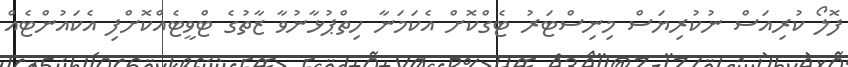
ފޮލޯ ކުރިއަސް ނުކުރިޔަސް މިނިސްޓަރު ޓެގްކޮށް އެކަމަނާ ހިތްޕުޅާނުވާ ޒާތުގެ ޓްވީޓެއްކޮށްފި އެކައުންޓެއް